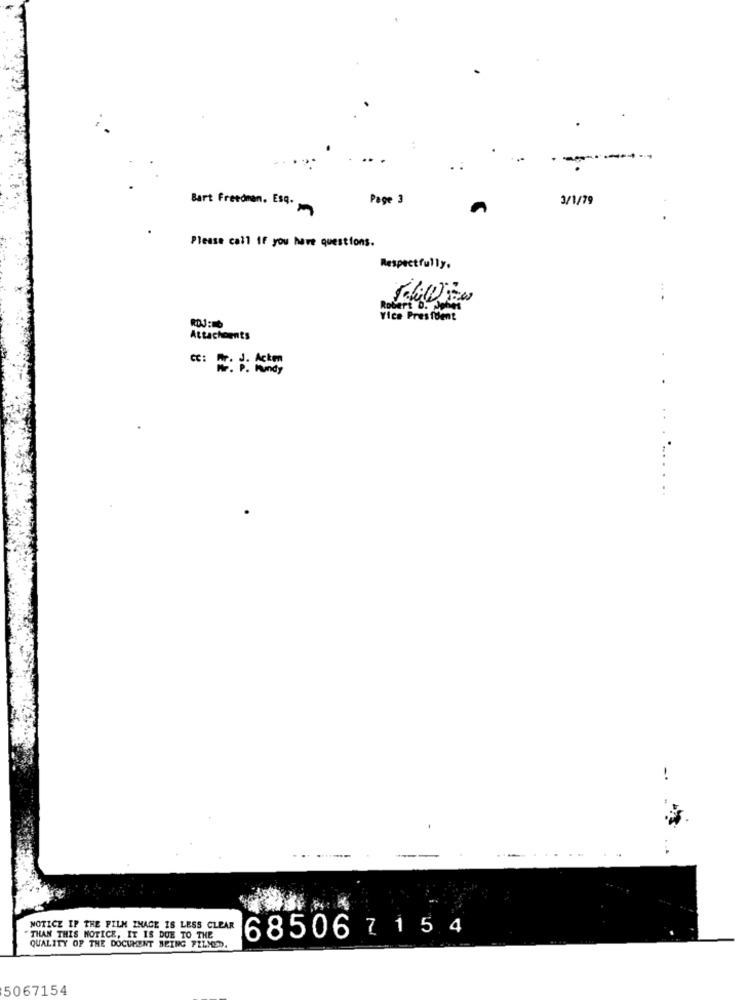
..
Page 3
3/1/79
Bart Freedman. Esq.
Please call IF you have questions.
Respectfully.
Rod
Vice President
Attachments
CC: Mr. 1. Acke
: P . Mundy
........
-.
NOTICE IF THE FILM IMAGE IS LESS CLEAR
THAN THIS NOTICE, IT IS DUE TO THE
68506 7 1 5 4
QUALITY OF THE DOCUMENT BEING FILMED.
5067154